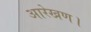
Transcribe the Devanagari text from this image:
आरेखण।